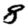
Digit: 8